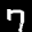
Label: 7